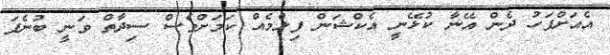
އެއަށްފަހު ދެން އޭނާ ކުޅޭނީ އެކްޝަން ފިލްމެއް ކަމަށްވެސް ސިދާތް ވަނީ ބުނެފަ